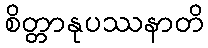
စိတ္တာနုပဿနာတိ